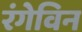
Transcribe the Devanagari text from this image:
रंगेविन